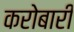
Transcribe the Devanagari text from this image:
करोबारी